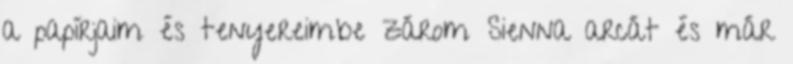
a papírjaim és tenyereimbe zárom Sienna arcát és már